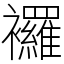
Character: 𧟌